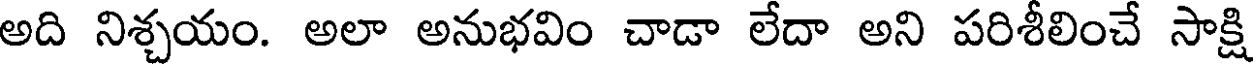
అది నిశ్చయం. అలా అనుభవిం చాడా లేదా అని పరిశీలించే సాక్షి